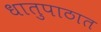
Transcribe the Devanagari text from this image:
धातुपाठात